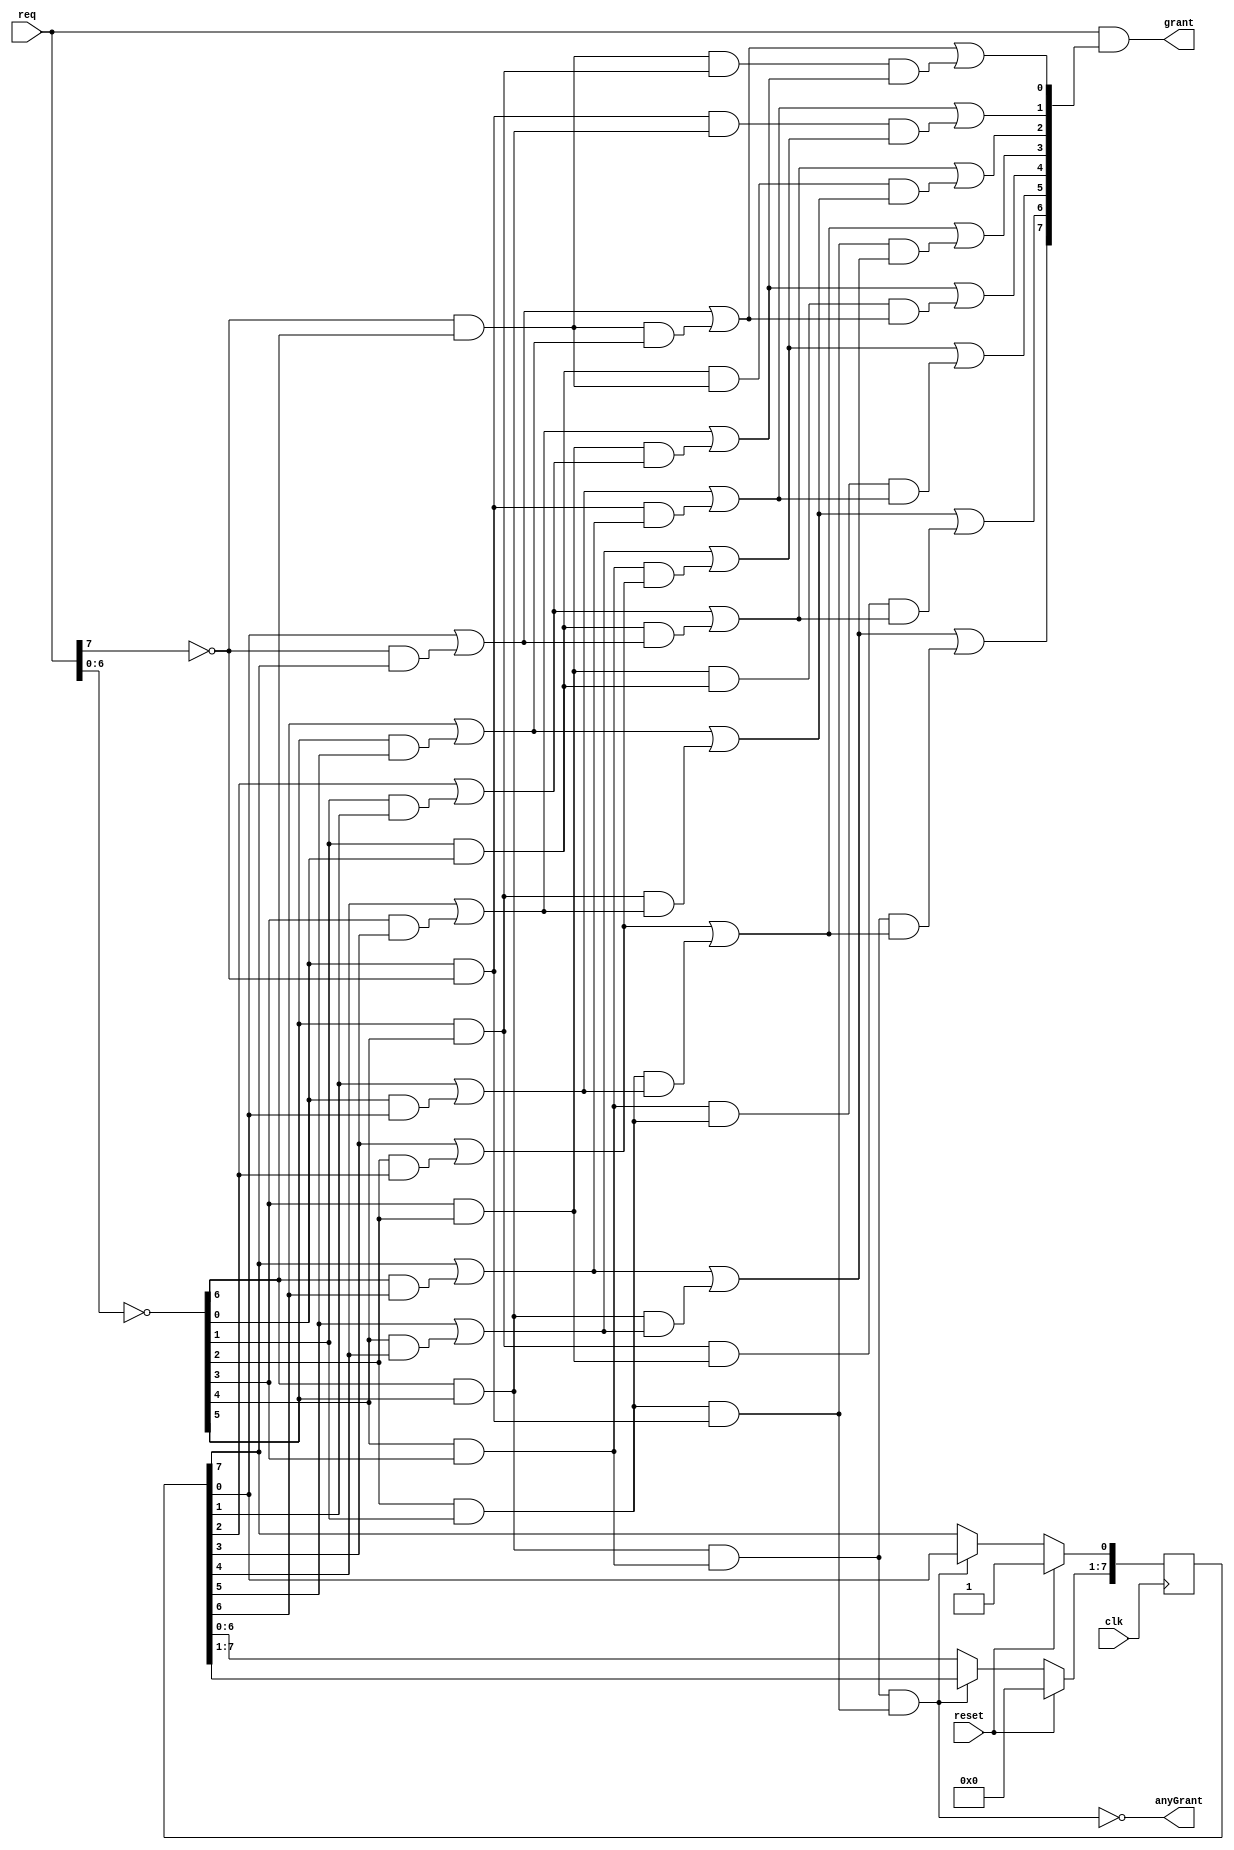
/*
 ***************************************************
 * Round-robin arbiter with variable priority vector
 * ---------------------
 * G. Dimitrakopoulos
 * Nov. 2008
 ***************************************************
 */
`timescale 1ns/1ps 
module arbiter(clk, 
               reset, 
               req, 
               grant,
               anyGrant);

  parameter N = 8;
  parameter S = 3; // ceil of log_2 of N - put manually
  parameter CHOISE = 0;  // 0 blind round-robin and 1 true round robin

  // I/O interface
  input           clk;
  input           reset;
  input  [N-1:0]  req;
  output [N-1:0]  grant;
  output          anyGrant;
  
  // internal pointers
  reg [N-1:0] priority; // one-hot priority vector
  
  
  // Outputs of combinational logic - real wires - declared as regs for use in a alway block
  // Better to change to wires and use generate statements in the future
  
  reg [N-1:0]  g[S:0]; // S levels of priority generate
  reg [N-1:0]  p[S-1:0]; // S-1 levels of priority propagate

  // internal synonym wires of true outputs anyGrant and grant 
  wire anyGnt;
  wire [N-1:0] gnt;

  assign anyGrant = anyGnt;
  assign grant = gnt;
  
  


/////////////////////////////////////////////////
// Parallel prefix arbitration phase
/////////////////////////////////////////////////
  integer i,j;

  // arbitration phase
  always@(req or priority)
    begin
      // transfer request vector to the first propagate positions
      p[0] = {~req[N-2:0], ~req[N-1]};

      // transfer priority vector to the first generate positions
      g[0] = priority;
      
      // first log_2n - 1 prefix levels
      for (i=1; i < S; i = i + 1) begin
        for (j = 0; j < N ; j = j + 1) begin
          if (j-2**(i-1) < 0) begin
            g[i][j] = g[i-1][j] | (p[i-1][j] & g[i-1][N+j-2**(i-1)]);           
            p[i][j] = p[i-1][j] & p[i-1][N+j-2**(i-1)];
          end else begin
            g[i][j] = g[i-1][j] | (p[i-1][j] & g[i-1][j-2**(i-1)]);           
            p[i][j] = p[i-1][j] & p[i-1][j-2**(i-1)];
          end            
        end
      end  
      
      // last prefix level
      for (j = 0; j < N; j = j + 1) begin
        if (j-2**(S-1) < 0) 
          g[S][j] = g[S-1][j] | (p[S-1][j] & g[S-1][N+j-2**(S-1)]);           
        else
          g[S][j] = g[S-1][j] | (p[S-1][j] & g[S-1][j-2**(S-1)]);           
      end
    end      
  
  // any grant generation at last prefix level
  assign anyGnt = ~(p[S-1][N-1] & p[S-1][N/2-1]);
  
  // output stage logic
  assign gnt  = req & g[S];  


/////////////////////////////////////////////////
// Pointer update logic
// ------------------------
// Version 1 - blind round robin CHOISE = 0
// Priority visits each input in a circural manner irrespective the granted output
// ------------------------
// Version 2 - true round robin CHOISE = 1
// Priority moves next to the granted output
// ------------------------
// Priority moves only when a grant was given, i.e., at least one active request
//////////////////////////////////////////////////

  always@(posedge clk)
    begin
      if (reset == 1'b1) begin
        priority <= 1;
      end else begin
        // update pointers only if at leas one match exists
        if (anyGnt == 1'b1) begin  
            if (CHOISE == 0) begin // blind circular round robin
                // shift left one-hot priority vector
                priority[N-1:1] <= priority[N-2:0];
                priority[0] <= priority[N-1];  
            end else begin // true round robin
                // shift left one-hot grant vector
                priority[N-1:1] <= grant[N-2:0];
                priority[0] <= grant[N-1];  
            end    
        end
      end
    end

 
endmodule